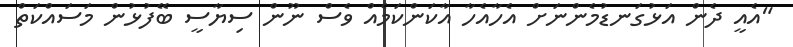
"އެއީ ދެން އަޅުގަނޑުމެންނަށް އެހާއެހާ އާކަންކަމެއް ވެސް ނޫން ސިޔާސީ ބޭފުޅުން މަސައްކަތް